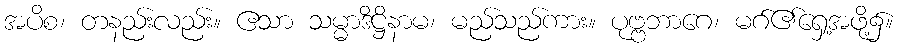
အပိစ၊ တနည်းလည်း။ ဧသာ သမ္မာဒိဋ္ဌိနာမ၊ မည်သည်ကား။ ပုဗ္ဗဘာဂေ၊ မဂ်၏ရှေ့အဖို့၌။